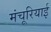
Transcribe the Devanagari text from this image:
मंचूरियाई